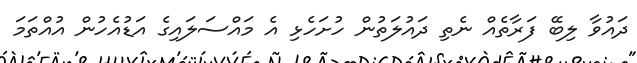
ދައުވާ ލިބޭ ފަރާތެއް ނެތި ދައުލަތުން ހުށަހެޅި އެ މައްސަލައިގެ އަޑުއެހުން އުއްތަމަ